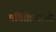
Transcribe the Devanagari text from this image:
प्रतिक्रियाओ